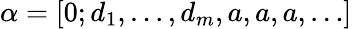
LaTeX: \alpha=[0;d_{1},\ldots,d_{m},a,a,a,\ldots]